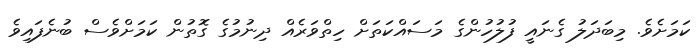
ކަމަށެވެ. މިބަދަލު ގެނައީ ފުލުހުންގެ މަސައްކަތަށް ހިތްވަރެއް ދިނުމުގެ ގޮތުން ކަމަށްވެސް ބުނެފައިވެ